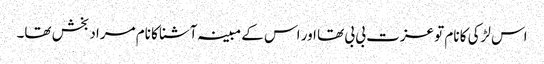
اس لڑکی کا نام تو عزت بی بی تھا اور اس کے مبینہ آشنا کا نام مراد بخش تھا۔